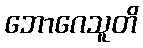
ဘောဂေသူတိ